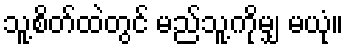
သူ့စိတ်ထဲတွင် မည်သူ့ကိုမျှ မယုံ။